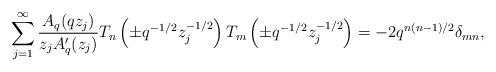
LaTeX: \begin{align*} \sum_{j=1}^{\infty}\frac{A_{q}(qz_{j})}{z_{j}A_{q}'(z_{j})}T_{n}\left(\pm q^{-1/2}z_{j}^{-1/2}\right)T_{m}\left(\pm q^{-1/2}z_{j}^{-1/2}\right)=-2q^{n(n-1)/2}\delta_{mn},\end{align*}